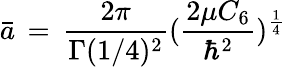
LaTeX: {\bar{a}\, =\, \frac{2\pi}{\Gamma(1/4)^{2}}(\frac{2\mu C_{6}}{\hbar^{2}})^{\frac{1}{4}}}